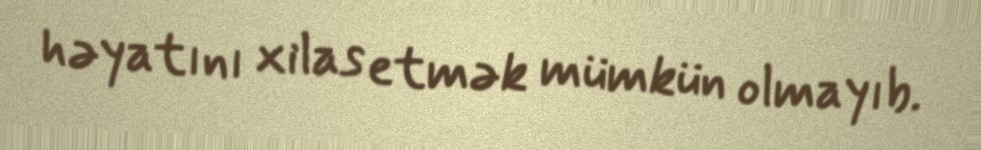
həyatını xilas etmək mümkün olmayıb.